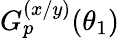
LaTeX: G_{p}^{(x/y)}(\theta_{1})